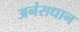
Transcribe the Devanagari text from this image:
अनंसधान